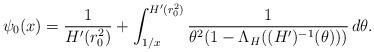
LaTeX: \begin{align*}\psi_0(x)=\frac{1}{H'(r_0^2)}+\int_{1/x}^{H'(r_0^2)}\frac{1}{\theta^2(1-\Lambda_H((H')^{-1}(\theta)))}\,d\theta.\end{align*}